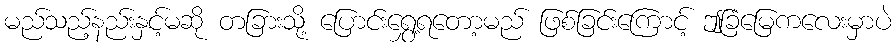
မည်သည့်နည်းနှင့်မဆို တခြားသို့ ပြောင်းရွှေ့ရတော့မည် ဖြစ်ခြင်းကြောင့် ဤခြံမြေကလေးမှာပဲ